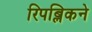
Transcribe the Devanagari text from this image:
रिपब्लिकने